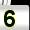
Digit: 5